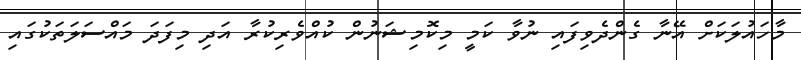
މާހައުލަކަށް އޭނާ ގެންދެވިފައި ނުވާ ކަމީ މިކޮމިޝަނުން ކުއްވެރިކުރާ އަދި މިފަދަ މައްސަލަތަކުގައި